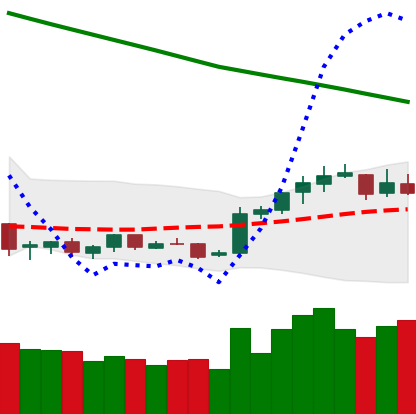
Ticker: NEO-USD
Chart end date: 2019-02-16
Forward return: 8.54%
Label: up_7plus